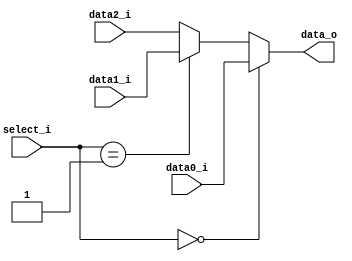
module MUX_3to1(
               input [size-1:0] data0_i,
               input [size-1:0] data1_i,
			   input [size-1:0] data2_i,
               input [1:0] select_i,
               output [size-1:0] data_o
               );

parameter size = 0;

assign data_o = (select_i == 0) ? data0_i : (select_i == 1) ? data1_i : data2_i;

endmodule